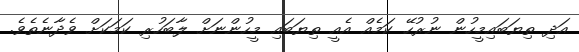
އަދި ތިޔަބައިމީހުން ނުރުހޭ ކަމެއް އެއީ ތިޔަބައި މީހުންނަށް ލާބަހުރި ކަމަކަށް ވެދާނެތެވެ.